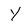
Character: Y